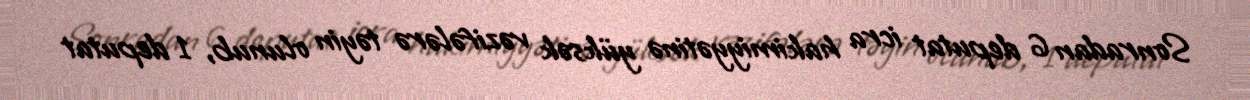
Sonradan 6 deputat icra hakimiyyətinə yüksək vəzifələrə təyin olunub, 1 deputat